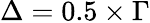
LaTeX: \Delta=0.5\times\Gamma